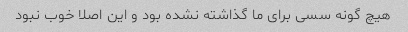
هیچ گونه سسی برای ما گذاشته نشده بود و این اصلا خوب نبود